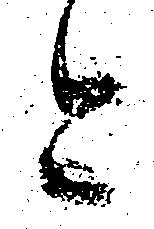
今